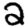
Digit: 2